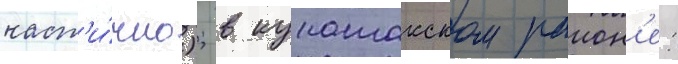
част'и́чно); в кунашакском раион'е: